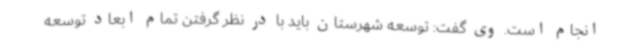
انجام است. وی گفت: توسعه شهرستان باید با در نظر گرفتن تمام ابعاد توسعه